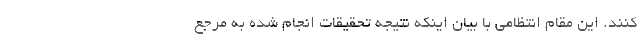
کنند. این مقام انتظامی با بیان اینکه نتیجه تحقیقات انجام شده به مرجع